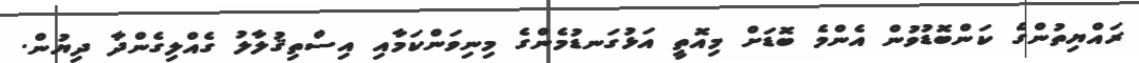
ރައްޔިތުންގެ ކަންބޮޑުވުން އެންމެ ބޮޑަށް މިއޮތީ އަޅުގަނޑުމެންގެ މިނިވަންކަމާއި އިސްތިޤުލާލު ގެއްލިގެންދާ ދިޔުން.